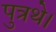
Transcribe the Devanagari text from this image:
पुत्रथे।